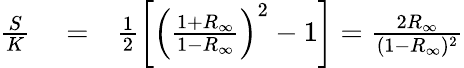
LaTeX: \begin{array}{rlr}{\frac{S}{K}}&{{}=}&{\frac{1}{2}\left[\left(\frac{1+R_{\infty}}{1-R_{\infty}}\right)^{2}-1\right]=\frac{2R_{\infty}}{(1-R_{\infty})^{2}}}\end{array}